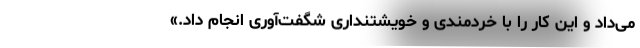
می‌داد و این کار را با خردمندی و خویشتنداری شگفت‌آوری انجام داد.»